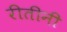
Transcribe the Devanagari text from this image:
रीतीनी